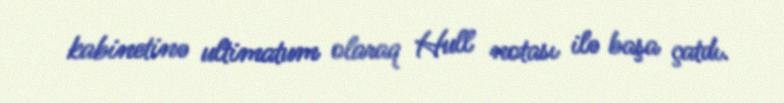
kabinetinə ultimatum olaraq Hull notası ilə başa çatdı.